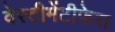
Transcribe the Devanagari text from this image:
वेस्टीमेंटीफेरा